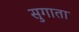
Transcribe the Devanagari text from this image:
सुगाता